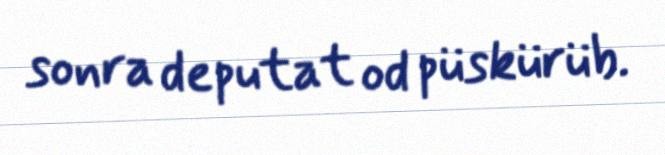
sonra deputat od püskürüb.